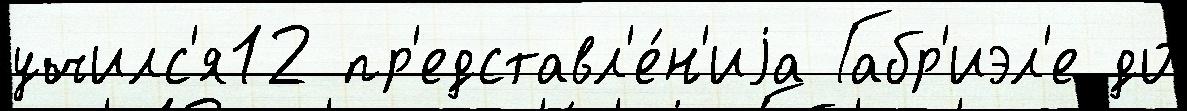
училс'я12 пр'едставл'е́н'иjа Габр'иэл'е до